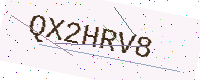
Text: QX2HRV8